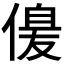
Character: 𠌞